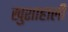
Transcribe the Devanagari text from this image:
खुशाहाली